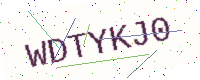
Text: WDTYKJ0